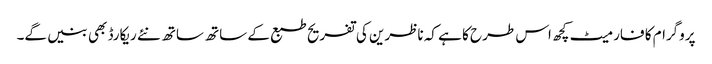
پروگرام کا فارمیٹ کچھ اس طرح کا ہے کہ ناظرین کی تفریح طبع کے ساتھ ساتھ نئے ریکارڈ بھی بنیں گے۔